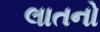
લાતનો